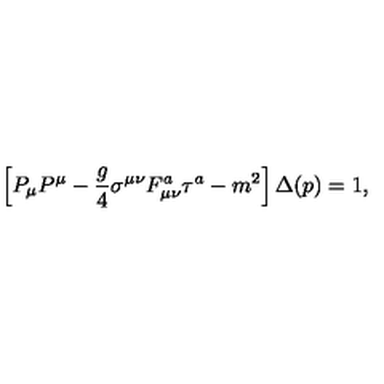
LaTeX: \left[ P _ { \mu } P ^ { \mu } - { \frac { g } { 4 } } \sigma ^ { \mu \nu } F _ { \mu \nu } ^ { a } \tau ^ { a } - m ^ { 2 } \right] \Delta ( p ) = 1 ,